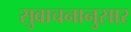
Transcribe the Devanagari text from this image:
सुवाचनानुसार